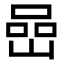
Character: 嵒